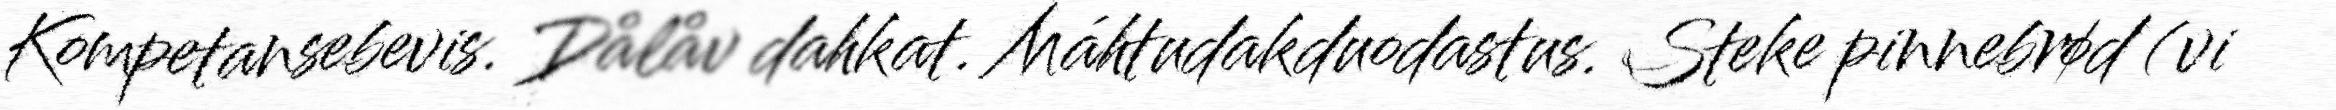
Kompetansebevis. Dålåv dahkat. Máhtudakduodastus. Steke pinnebrød (vi